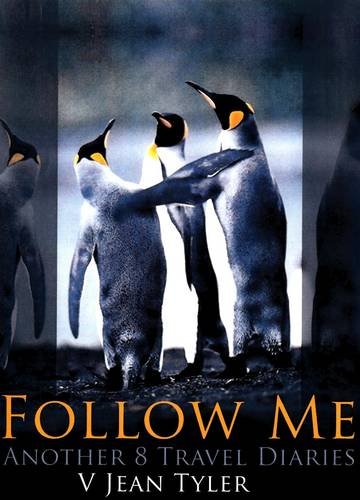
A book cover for Follow Me: Another 8 Travel Diaries; Dr. V.Jean Tyler; Travel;